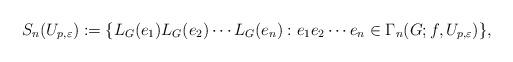
LaTeX: \begin{align*} S_n(U_{p,\varepsilon}):=\{L_G(e_1)L_G(e_2)\cdots L_G(e_n): e_1e_2\cdots e_n\in\Gamma_n(G;f,U_{p,\varepsilon})\}, \end{align*}